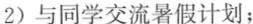
2)与同学交流暑假计划；